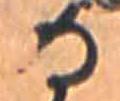
る